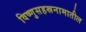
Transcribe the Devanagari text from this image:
विष्णुसहस्रनामातील